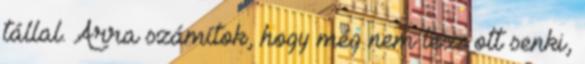
tállal. Arra számítok, hogy még nem lesz ott senki,